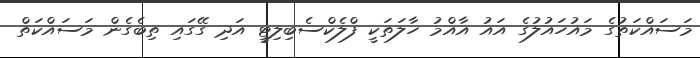
މަސައްކަތުގެ މައުހައުލުގެ އައު އާއްމު ހާލަތަކީ ފްލެކްސެބިލިޓީ އަދި ގޭގައި ތިބެގެން މަސައްކަތް